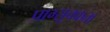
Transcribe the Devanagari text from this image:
प्राग्सूचकता